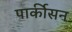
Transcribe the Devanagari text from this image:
पार्कीसन